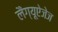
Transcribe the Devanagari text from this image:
लैंग्यूऐजेज